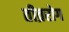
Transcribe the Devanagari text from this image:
तीव्ररोग